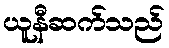
ယူနီဆက်သည်